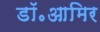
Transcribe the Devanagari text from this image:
डॉ॰आमिर